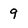
Character: 9